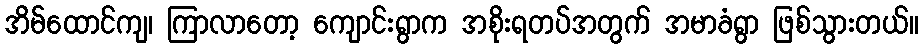
အိမ်ထောင်ကျ၊ ကြာလာတော့ ကျောင်းရွာက အစိုးရတပ်အတွက် အမာခံရွာ ဖြစ်သွားတယ်။